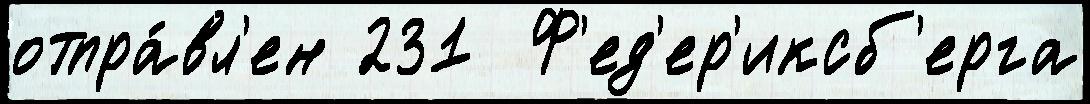
отпра́вл'ен 231  Ф'ед'ер'иксб'ерга